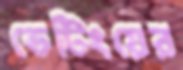
ভেটিংয়ের